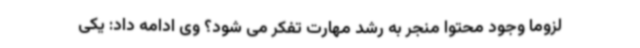
لزوما وجود محتوا منجر به رشد مهارت تفکر می شود؟ وی ادامه داد: یکی